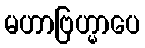
မဟာဗြဟ္မာပေ